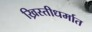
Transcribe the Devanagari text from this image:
ख्रिस्तीधर्मात